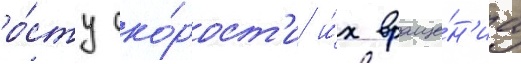
ро́сту ско́рост'и и́х враще́н'иа